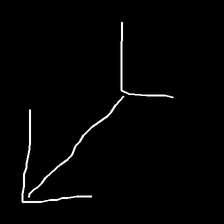
Glyph: gather